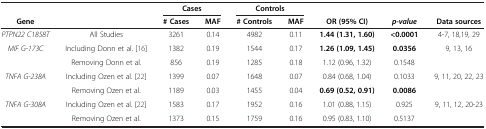
<table><thead><tr><td><b> </b></td><td><b> </b></td><td colspan="2"><b>Cases</b></td><td colspan="2"><b>Controls</b></td><td><b> </b></td><td><b> </b></td><td><b> </b></td></tr><tr><td><b>Gene</b></td><td><b> </b></td><td><b># Cases</b></td><td><b>MAF</b></td><td><b># Controls</b></td><td><b>MAF</b></td><td><b>OR (95% CI)</b></td><td><b><i>p-value</i></b></td><td><b>Data sources</b></td></tr></thead><tbody><tr><td><i>PTPN22 C1858T</i></td><td>All Studies</td><td>3261</td><td>0.14</td><td>4982</td><td>0.11</td><td><b>1.44 (1.31, 1.60)</b></td><td><b>&lt;0.0001</b></td><td>4-7, 18,19, 29</td></tr><tr><td rowspan="2"><i>MIF G-173C</i></td><td>Including Donn et al. [16]</td><td>1382</td><td>0.19</td><td>1544</td><td>0.17</td><td><b>1.26 (1.09, 1.45)</b></td><td><b>0.0356</b></td><td>9, 13, 16</td></tr><tr><td>Removing Donn et al.</td><td>856</td><td>0.19</td><td>1285</td><td>0.18</td><td>1.12 (0.96, 1.32)</td><td>0.1548</td><td> </td></tr><tr><td rowspan="2"><i>TNFA G-238A</i></td><td>Including Ozen et al. [22]</td><td>1399</td><td>0.07</td><td>1648</td><td>0.07</td><td>0.84 (0.68, 1.04)</td><td>0.1033</td><td>9, 11, 20, 22, 23</td></tr><tr><td>Removing Ozen et al.</td><td>1189</td><td>0.03</td><td>1455</td><td>0.04</td><td><b>0.69 (0.52, 0.91)</b></td><td><b>0.0086</b></td><td> </td></tr><tr><td rowspan="2"><i>TNFA G-308A</i></td><td>Including Ozen et al. [22]</td><td>1583</td><td>0.17</td><td>1952</td><td>0.16</td><td>1.01 (0.88, 1.15)</td><td>0.925</td><td>9, 11, 12, 20-23</td></tr><tr><td>Removing Ozen et al.</td><td>1373</td><td>0.15</td><td>1759</td><td>0.16</td><td>0.95 (0.83, 1.10)</td><td>0.5137</td><td> </td></tr></tbody></table>